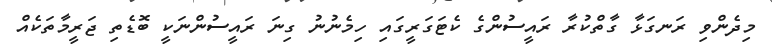
މިދެންވި ރަނގަޅާ ގާތްކުރާ ރައީސުންގެ ކެޓަގަރީގައި ހިމެނުނު ގިނަ ރައީސުންނަކީ ބޮޑެތި ޖަރީމާތަކެއް